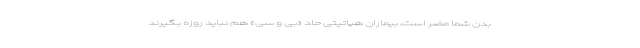
بدن شما مضر است، بیماران هپاتیتی حاد «بی و سی» هم نباید روزه بگیرند